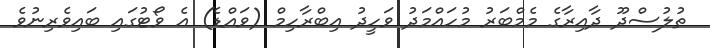
ތުލުސްދޫ ދާއިރާގެ މެމްބަރު މުހައްމަދު ވަހީދު އިބްރާހިމް (ވައްޑެ) އެ ވޯޓުގައި ބައިވެރިނުވެ